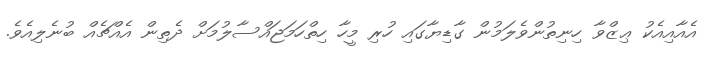
އެއާއިއެކު ޢިޒްވާ ހިނިތުންވެލަމުން ގާޑިޔާގައި ހުރި މީހާ ހިތްހަމަޖައްސާލުމަށް ދެތިން އެއްޗެއް ބުނެލިއެވެ.